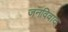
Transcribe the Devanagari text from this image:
जनविवाद